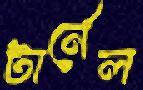
টার্নেল